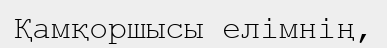
Қамқоршысы елімнің,